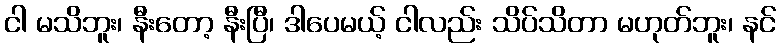
ငါ မသိဘူး၊ နီးတော့ နီးပြီ၊ ဒါပေမယ့် ငါလည်း သိပ်သိတာ မဟုတ်ဘူး၊ နင်